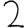
Digit: 2